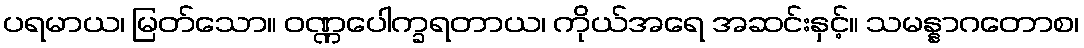
ပရမာယ၊ မြတ်သော။ ဝဏ္ဏပေါက္ခရတာယ၊ ကိုယ်အရေ အဆင်းနှင့်။ သမန္နာဂတောစ၊